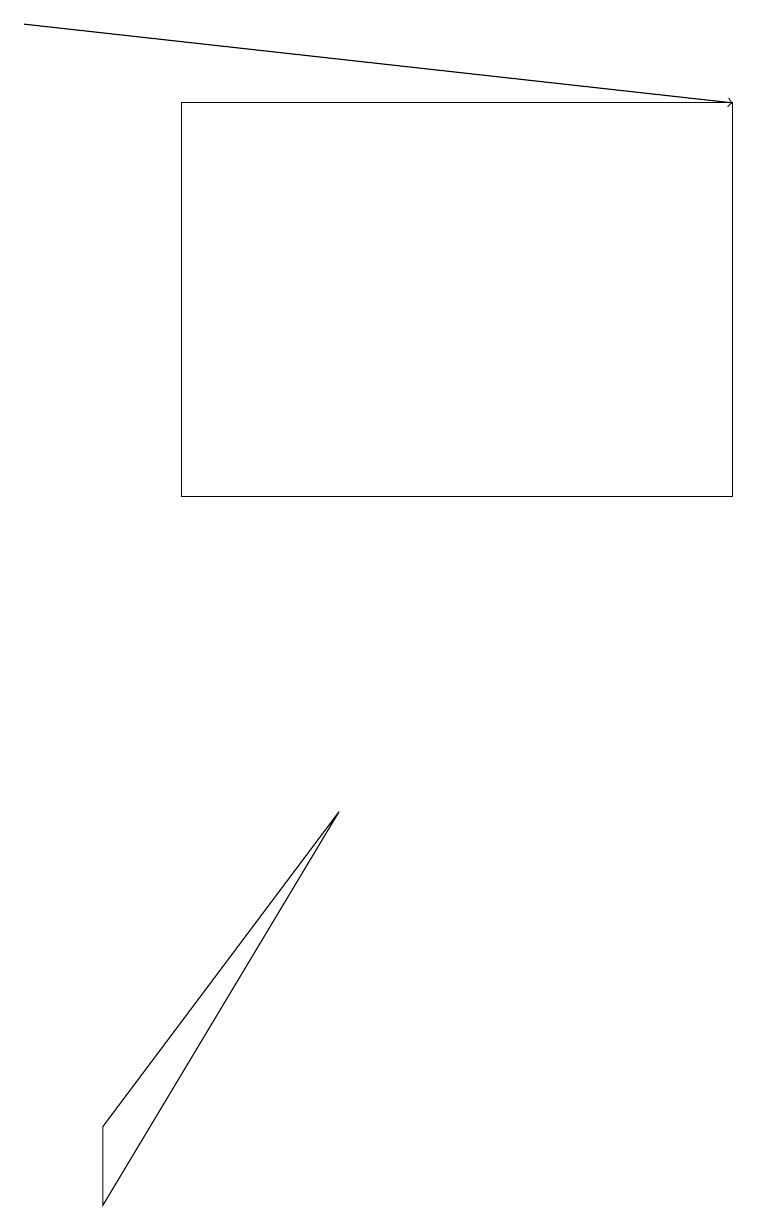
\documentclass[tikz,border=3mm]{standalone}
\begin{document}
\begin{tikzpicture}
\draw[->] (0,19) -- (9,18);
\draw (1,5) -- (4,9) -- (1,4) -- cycle;
\draw (9,18) rectangle (2,13);
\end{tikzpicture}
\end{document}